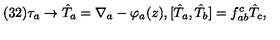
( 3 2 ) \tau _ { a } \to \hat { T } _ { a } = \nabla _ { a } - \varphi _ { a } ( z ) , [ \hat { T } _ { a } , \hat { T } _ { b } ] = f _ { a b } ^ { c } \hat { T } _ { c } ,